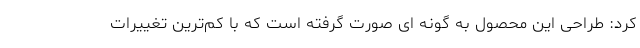
کرد: طراحی این محصول به گونه ای صورت گرفته است که با کم‌ترین تغییرات